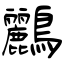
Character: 鸝